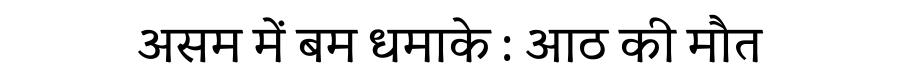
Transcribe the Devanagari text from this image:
असम में बम धमाके : आठ की मौत